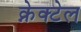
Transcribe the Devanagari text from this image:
क्नेक्टेल